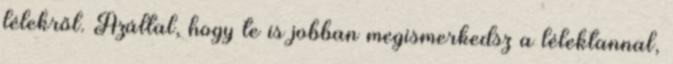
lélekről. Azáltal, hogy te is jobban megismerkedsz a lélektannal,